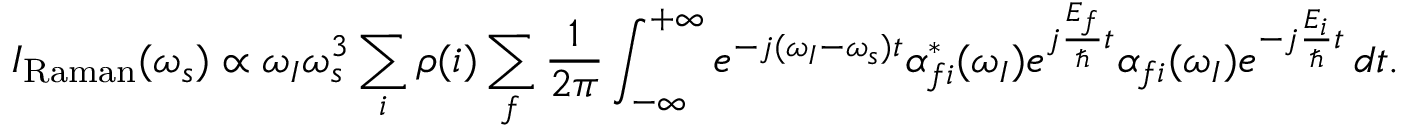
I _ { \mathrm { R a m a n } } ( \omega _ { s } ) \propto \omega _ { I } \omega _ { s } ^ { 3 } \sum _ { i } \rho ( i ) \sum _ { f } \frac { 1 } { 2 \pi } \int _ { - \infty } ^ { + \infty } e ^ { - j ( \omega _ { I } - \omega _ { s } ) t } \alpha _ { f i } ^ { * } ( \omega _ { I } ) e ^ { j \frac { E _ { f } } { \hbar } t } \alpha _ { f i } ( \omega _ { I } ) e ^ { - j \frac { E _ { i } } { \hbar } t } \, d t .